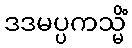
ဒဒမပ္ပကသ္မိံ